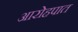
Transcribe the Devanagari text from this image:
आरोहपात